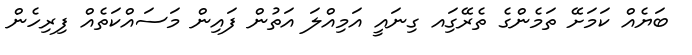
ބަޔެއް ކަަމަށޭ ތަމެންގެ ތެރޭގަިއ ގިނައީ އަމިއްލަ އަތުން ފައިން މަސައްކަތެއް ފިރިހެން